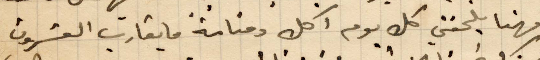
فهنا يلحقني كل يوم اكل ومنامة ما يقارب العشرون